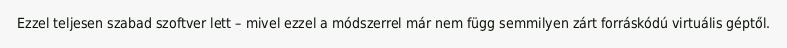
Ezzel teljesen szabad szoftver lett – mivel ezzel a módszerrel már nem függ semmilyen zárt forráskódú virtuális géptől.